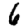
Digit: 6